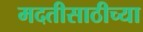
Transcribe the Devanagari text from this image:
मदतीसाठीच्या